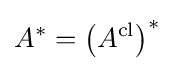
A^{*}=\left(A^{\text{cl}}\right)^{*}